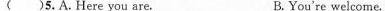
( )5. A. Here you are. B.You're welcome.